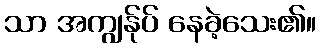
သာ အကျွန်ုပ် နေခဲ့သေး၏။